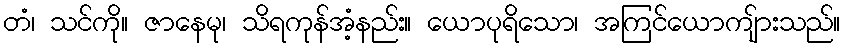
တံ၊ သင်ကို။ ဇာနေမု၊ သိရကုန်အံ့နည်း။ ယောပုရိသော၊ အကြင်ယောကျ်ားသည်။